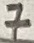
Text: 7